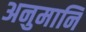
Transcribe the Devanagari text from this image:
अनुमानि